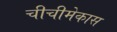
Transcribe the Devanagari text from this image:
चीचीमेकास